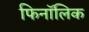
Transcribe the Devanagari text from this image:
फिनॉलिक